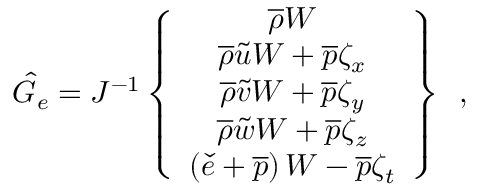
\hat { G } _ { e } = J ^ { - 1 } \left\{ \begin{array} { c } { \overline { { \rho } } W } \\ { \overline { { \rho } } \tilde { u } W + \overline { { p } } \zeta _ { x } } \\ { \overline { { \rho } } \tilde { v } W + \overline { { p } } \zeta _ { y } } \\ { \overline { { \rho } } \tilde { w } W + \overline { { p } } \zeta _ { z } } \\ { \left( \check { e } + \overline { { p } } \right) W - \overline { { p } } \zeta _ { t } } \end{array} \right\} \, \mathrm { ~ , ~ }